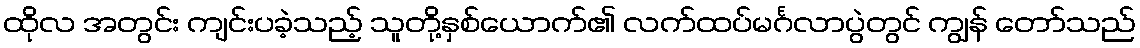
ထိုလ အတွင်း ကျင်းပခဲ့သည့် သူတို့နှစ်ယောက်၏ လက်ထပ်မင်္ဂလာပွဲတွင် ကျွန် တော်သည်